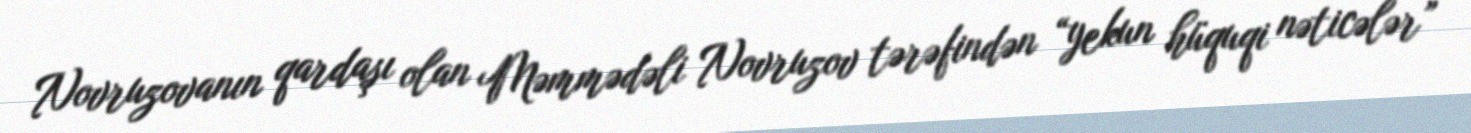
Novruzovanın qardaşı olan Məmmədəli Novruzov tərəfindən “yekun hüquqi nəticələr”